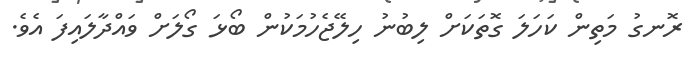
ރޮނގު މަތިން ކަހަލަ ގޮތަކަށް ލިބުނު ހިލޭޖެހުމަކުން ބޯޅަ ގޯލަށް ވައްދާލައިފަ އެވެ.